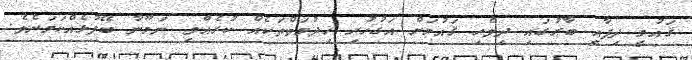
ޤައުމީ ދިފާޢީ ބާރުގައި ދިވެހި ޤައުމަށް އަގުހުރި ޚިދުމަތްތަކެއް ކުރެއްވި ނަމޫނާ ބޭފުޅެއްކަމަށެވެ.